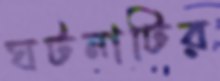
ঘটনাটির